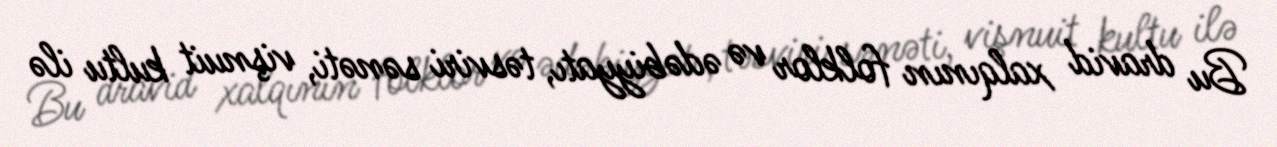
Bu dravid xalqının folklor və ədəbiyyatı, təsviri sənəti, vişnuit kultu ilə